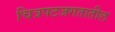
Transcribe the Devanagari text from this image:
चित्रपटजगतातील